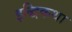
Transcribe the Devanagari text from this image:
इद्धिकथा